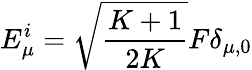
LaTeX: E_{\mu}^{i}=\sqrt{\frac{K+1}{2K}}F\delta_{\mu,0}